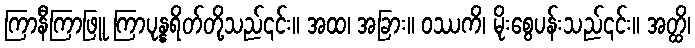
ကြာနီကြာဖြူ ကြာပုန္နရိတ်တို့သည်၎င်း။ အထ၊ အခြား။ ဝဿကိ၊ မိုးစွေပန်းသည်၎င်း။ အတ္ထိ၊